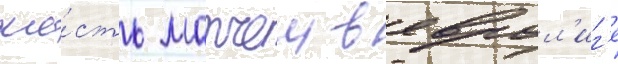
ше́сть матчеи в еврол'иг'е